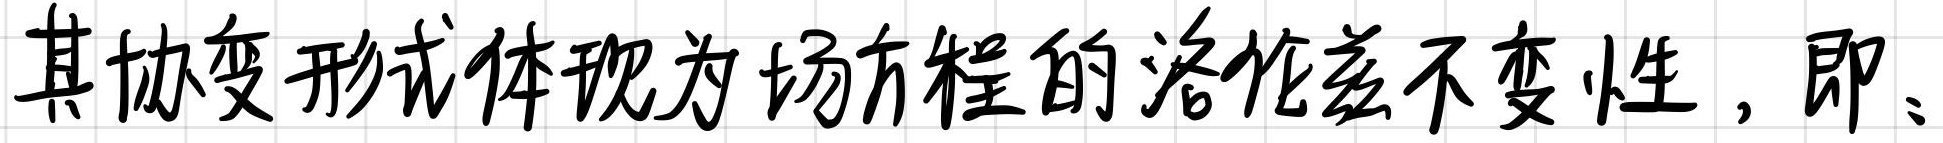
其协变形式体现为场方程的洛伦兹不变性，即：